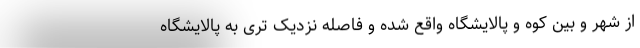
از شهر و بین کوه و پالایشگاه واقع شده و فاصله نزدیک تری به پالایشگاه